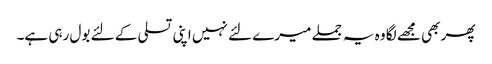
پھر بھی مجھے لگا وہ یہ جملے میرے لئے نہیں اپنی تسلی کے لئے بول رہی ہے۔